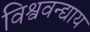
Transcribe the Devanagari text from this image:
विश्ववन्द्याय